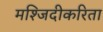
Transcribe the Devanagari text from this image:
मश्जिदीकरिता